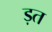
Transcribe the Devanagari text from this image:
ड़त